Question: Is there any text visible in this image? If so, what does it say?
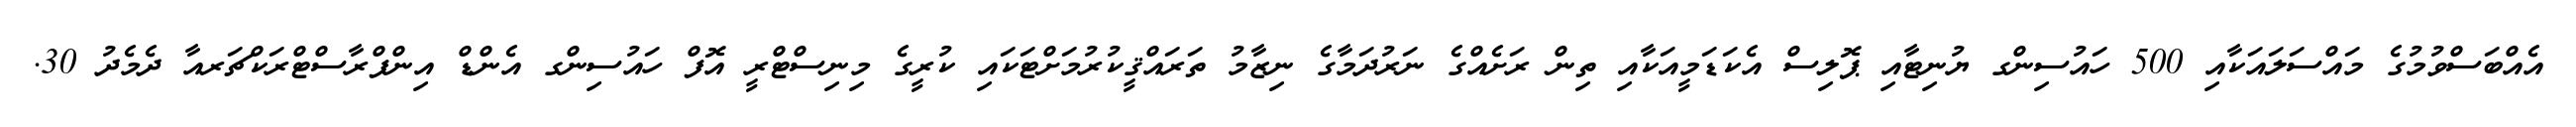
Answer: އެއްބަސްވުމުގެ މައްސަލައަކާއި 500 ހައުސިންގ ޔުނިޓާއި ޕޮލިސް އެކަޑަމީއަކާއި ތިން ރަށެއްގެ ނަރުދަމާގެ ނިޒާމު ތަރައްޤީކުރުމަށްޓަކައި ކުރީގެ މިނިސްޓްރީ އޮފް ހައުސިންގ އެންޑް އިންފްރާސްޓްރަކްޗަރއާ ދެމެދު 30.